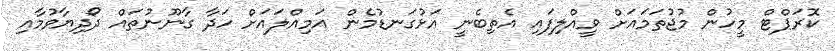
ކޮރަޕްޓް މީހުން މުޖުތަމައަށް ވީއްލިފައި އެތިބެނީ އަޅުގަނޑުމެން އަމިއްލައަށް ހަދާ ގާނޫނުތައް ދޯދިޔާވުމާއި